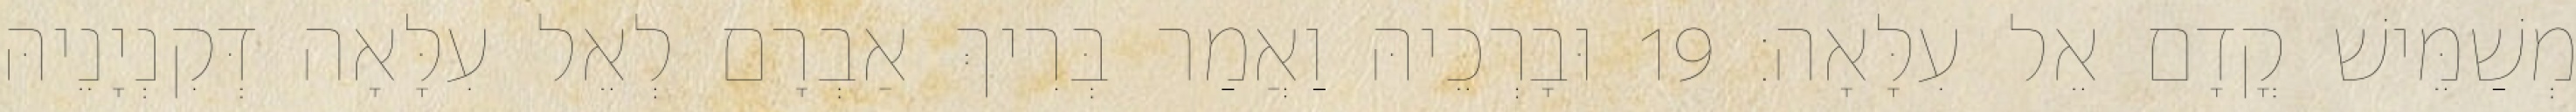
מְשַׁמֵּישׁ קֳדָם אֵל עִלָּאָה׃ 19 וּבָרְכֵיהּ וַאֲמַר בְּרִיךְ אַבְרָם לְאֵל עִלָּאָה דְּקִנְיָנֵיהּ